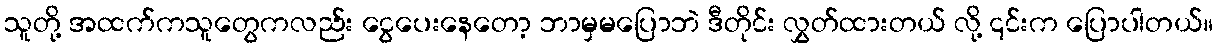
သူတို့ အထက်ကသူတွေကလည်း ငွေပေးနေတော့ ဘာမှမပြောဘဲ ဒီတိုင်း လွှတ်ထားတယ် လို့ ၎င်းက ပြောပါတယ်။